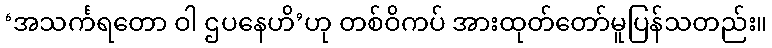
‘အသင်္ကရတော ဝါ ဌပနေဟိ’ဟု တစ်ဝိကပ် အားထုတ်တော်မူပြန်သတည်း။